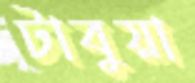
টাবুয়া